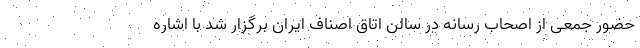
حضور جمعی از اصحاب رسانه در سالن اتاق اصناف ایران برگزار شد با اشاره